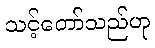
သင့်တော်သည်ဟု